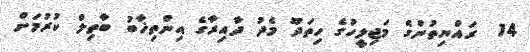
14  ރައްޔިތުންގެ މަޖިލީހުގެ ހިތަދޫ މެދު ދާއިރާގެ އިންތިޚާބު ބާތިލް ކުރުމަށް